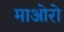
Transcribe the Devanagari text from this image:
माओरो